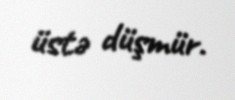
üstə düşmür.